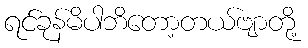
ရင်ခုန်မိပါဘိတော့တယ်ဗျာတို့